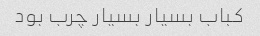
کباب بسیار بسیار چرب بود